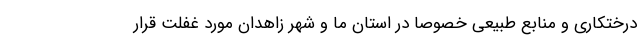
درختکاری و منابع طبیعی خصوصا در استان ما و شهر زاهدان مورد غفلت قرار